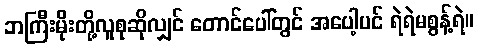
ဘကြီးမိုးတို့လူစုဆိုလျှင် တောင်ပေါ်တွင် အပေါ့ပင် ရဲရဲမစွန့်ရဲ။